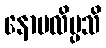
နောပလိမ္ပသိ